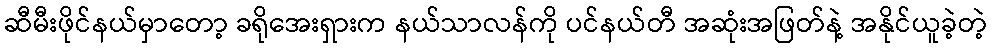
ဆီမီးဖိုင်နယ်မှာတော့ ခရိုအေးရှားက နယ်သာလန်ကို ပင်နယ်တီ အဆုံးအဖြတ်နဲ့ အနိုင်ယူခဲ့တဲ့